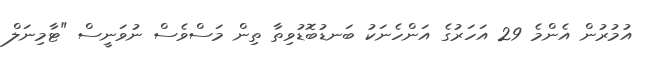
އުމުރުން އެންމެ 29 އަހަރުގެ އަންހެނަކު ބަނޑުބޮޑުވިތާ ތިން މަސްވެސް ނުވަނީސް "ޓާމިނަލް